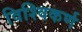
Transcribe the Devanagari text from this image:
विश्विकर्ण